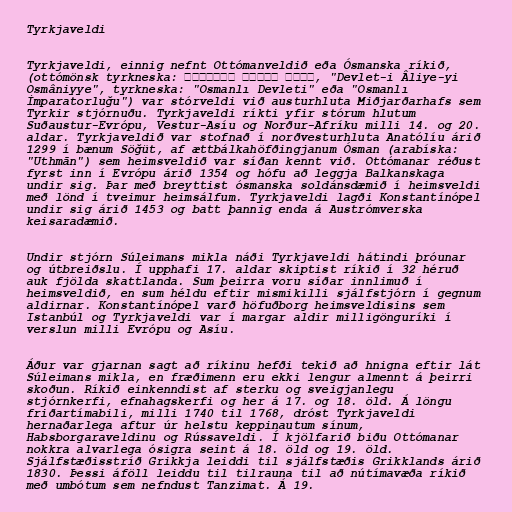
Tyrkjaveldi

Tyrkjaveldi, einnig nefnt Ottómanveldið eða Ósmanska ríkið,
(ottómönsk tyrkneska: دولت عالیه عثمانیه, "Devlet-i Âliye-yi
Osmâniyye", tyrkneska: "Osmanlı Devleti" eða "Osmanlı
İmparatorluğu") var stórveldi við austurhluta Miðjarðarhafs sem
Tyrkir stjórnuðu. Tyrkjaveldi ríkti yfir stórum hlutum
Suðaustur-Evrópu, Vestur-Asíu og Norður-Afríku milli 14. og 20.
aldar. Tyrkjaveldið var stofnað í norðvesturhluta Anatólíu árið
1299 í bænum Söğüt, af ættbálkahöfðingjanum Ósman (arabíska:
"Uthmān") sem heimsveldið var síðan kennt við. Ottómanar réðust
fyrst inn í Evrópu árið 1354 og hófu að leggja Balkanskaga
undir sig. Þar með breyttist ósmanska soldánsdæmið í heimsveldi
með lönd í tveimur heimsálfum. Tyrkjaveldi lagði Konstantínópel
undir sig árið 1453 og batt þannig enda á Austrómverska
keisaradæmið.

Undir stjórn Súleimans mikla náði Tyrkjaveldi hátindi þróunar
og útbreiðslu. Í upphafi 17. aldar skiptist ríkið í 32 héruð
auk fjölda skattlanda. Sum þeirra voru síðar innlimuð í
heimsveldið, en sum héldu eftir mismikilli sjálfstjórn í gegnum
aldirnar. Konstantínópel varð höfuðborg heimsveldisins sem
Istanbúl og Tyrkjaveldi var í margar aldir milligönguríki í
verslun milli Evrópu og Asíu.

Áður var gjarnan sagt að ríkinu hefði tekið að hnigna eftir lát
Súleimans mikla, en fræðimenn eru ekki lengur almennt á þeirri
skoðun. Ríkið einkenndist af sterku og sveigjanlegu
stjórnkerfi, efnahagskerfi og her á 17. og 18. öld. Á löngu
friðartímabili, milli 1740 til 1768, dróst Tyrkjaveldi
hernaðarlega aftur úr helstu keppinautum sínum,
Habsborgaraveldinu og Rússaveldi. Í kjölfarið biðu Ottómanar
nokkra alvarlega ósigra seint á 18. öld og 19. öld.
Sjálfstæðisstríð Grikkja leiddi til sjálfstæðis Grikklands árið
1830. Þessi áföll leiddu til tilrauna til að nútímavæða ríkið
með umbótum sem nefndust Tanzimat. Á 19.